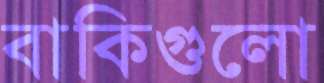
বাকিগুলো